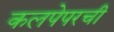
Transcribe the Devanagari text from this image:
कलपेपरची